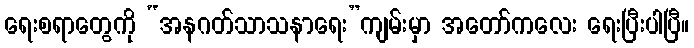
ရေးစရာတွေကို “အနဂတ်သာသနာရေး”ကျမ်းမှာ အတော်ကလေး ရေးပြီးပါပြီ။